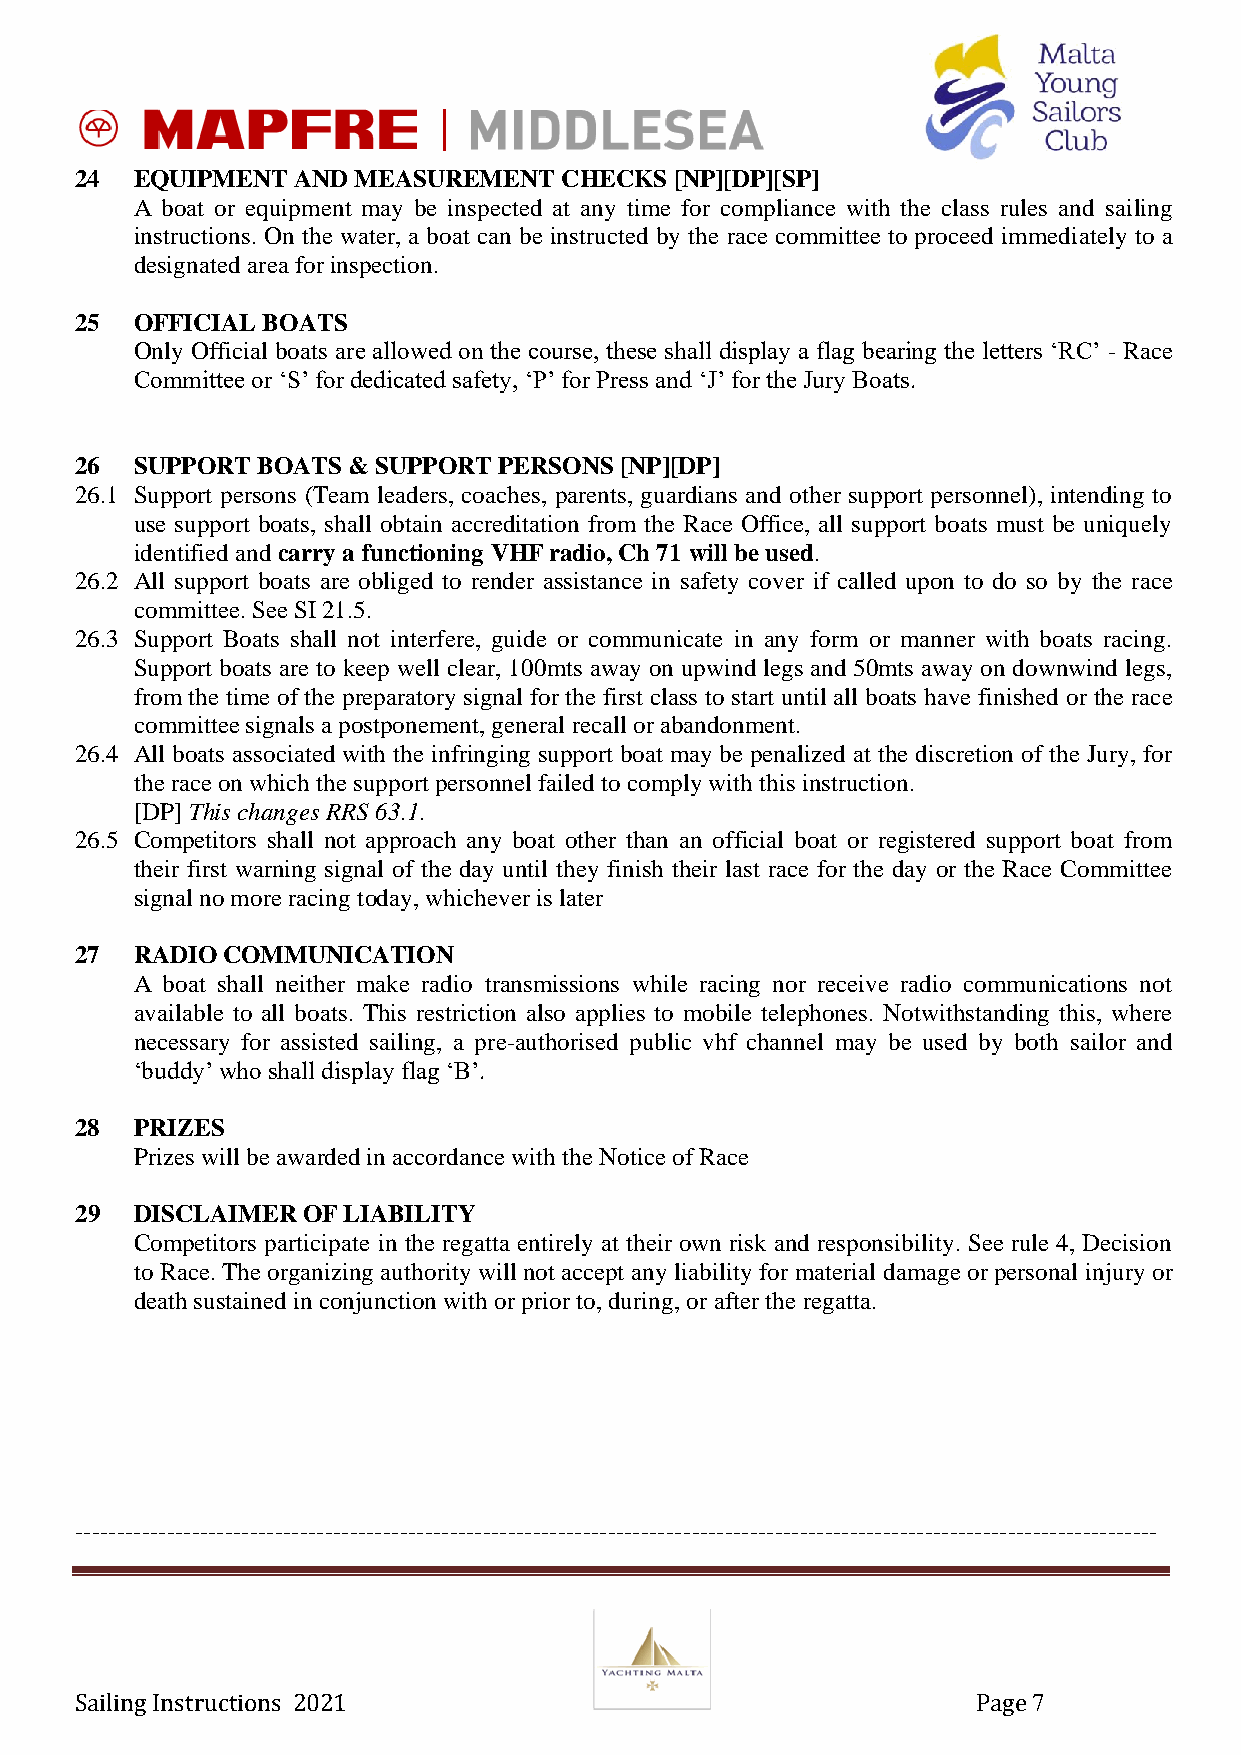
24  EQUIPMENT AND MEASUREMENT   CHECKS  [NP][DP][SP]
 A boat or equipment may be inspected at any time for compliance with the class rules and sailing
 instructions. On the water, a boat can be instructed by the race committee to proceed immediately to a
 designated area for inspection.
 25  OFFICIAL BOATS
 Only Official boats are allowed on the course, these shall display a flag bearing the letters ‘RC’ - Race
 Committee or ‘S’ for dedicated safety, ‘P’ for Press and ‘J’ for the Jury Boats.
 26  SUPPORT BOATS & SUPPORT PERSONS [NP][DP]
 26.1 Support persons (Team leaders, coaches, parents, guardians and other support personnel), intending to
 use support boats, shall obtain accreditation from the Race Office, all support boats must be uniquely
 identified and carry a functioning VHF radio, Ch 71 will be used.
 26.2 All support boats are obliged to render assistance in safety cover if called upon to do so by the race
 committee. See SI 21.5.
 26.3 Support Boats shall not interfere, guide or communicate in any form or manner with boats racing.
 Support boats are to keep well clear, 100mts away on upwind legs and 50mts away on downwind legs,
 from the time of the preparatory signal for the first class to start until all boats have finished or the race
 committee signals a postponement, general recall or abandonment.
 26.4 All boats associated with the infringing support boat may be penalized at the discretion of the Jury, for
 the race on which the support personnel failed to comply with this instruction.
 [DP] This changes RRS 63.1.
 26.5 Competitors shall not approach any boat other than an official boat or registered support boat from
 their first warning signal of the day until they finish their last race for the day or the Race Committee
 signal no more racing today, whichever is later
 27  RADIO COMMUNICATION
 A boat shall neither make radio transmissions while racing nor receive radio communications not
 available to all boats. This restriction also applies to mobile telephones. Notwithstanding this, where
 necessary for assisted sailing, a pre-authorised public vhf channel may be used by both sailor and
 ‘buddy’ who shall display flag ‘B’.
 28  PRIZES
 Prizes will be awarded in accordance with the Notice of Race
 29  DISCLAIMER OF LIABILITY
 Competitors participate in the regatta entirely at their own risk and responsibility. See rule 4, Decision
 to Race. The organizing authority will not accept any liability for material damage or personal injury or
 death sustained in conjunction with or prior to, during, or after the regatta.
 ----------------------------------------------------------------------------------------------------------------------------------
 Sailing Instructions 2021                                   Page 7